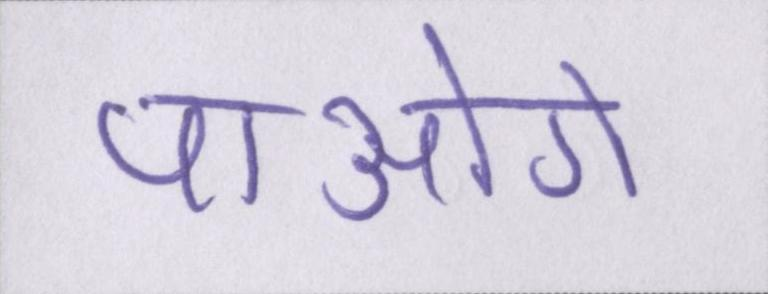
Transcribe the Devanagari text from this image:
पाओगे